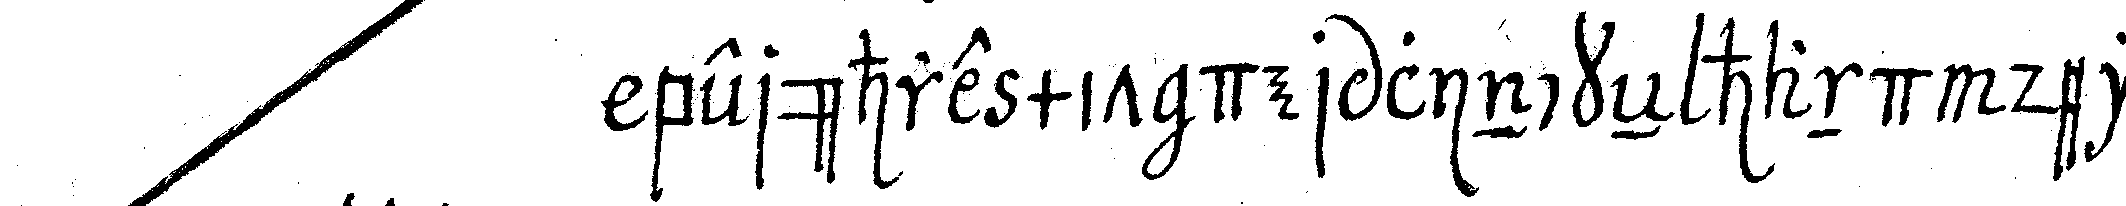
berühre mit der linckeN hand dein